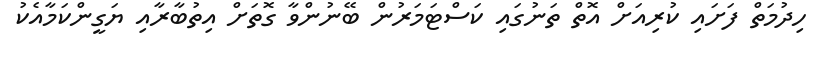
ހިދުމަތް ފަށައި ކުރިއަށް އޮތް ތަނުގައި ކަސްޓަމަރުން ބޭނުންވާ ގޮތަށް އިތުބާރާއި ޔަގީންކަމާއެކު